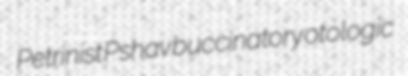
Petrinist Pshav buccinatory otologic